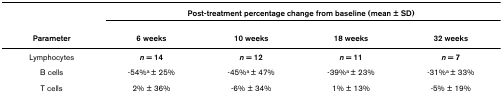
<table><thead><tr><td></td><td colspan="4"><b>Post-treatment percentage change from baseline (mean ± SD)</b></td></tr><tr><td><b>Parameter</b></td><td><b>6 weeks</b></td><td><b>10 weeks</b></td><td><b>18 weeks</b></td><td><b>32 weeks</b></td></tr></thead><tbody><tr><td>Lymphocytes</td><td><b><i>n </i>= 14</b></td><td><b><i>n </i>= 12</b></td><td><b><i>n </i>= 11</b></td><td><b><i>n </i>= 7</b></td></tr><tr><td>B cells</td><td>-54%<sup>a </sup>± 25%</td><td>-45%<sup>a </sup>± 47%</td><td>-39%<sup>a </sup>± 23%</td><td>-31%<sup>a </sup>± 33%</td></tr><tr><td>T cells</td><td>2% ± 36%</td><td>-6% ± 34%</td><td>1% ± 13%</td><td>-5% ± 19%</td></tr></tbody></table>